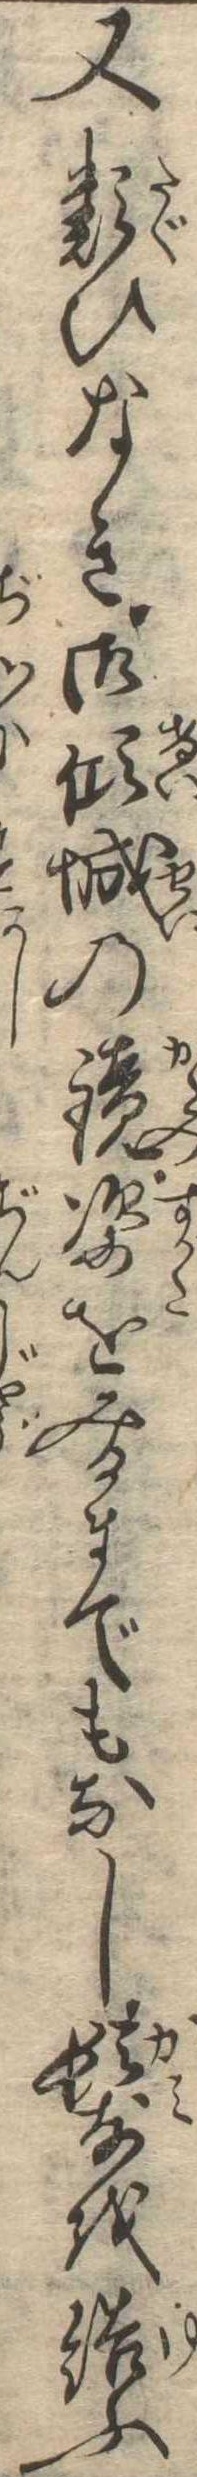
又類ひなき御傾城の鏡姿をみるまでもなし髪を結ふ